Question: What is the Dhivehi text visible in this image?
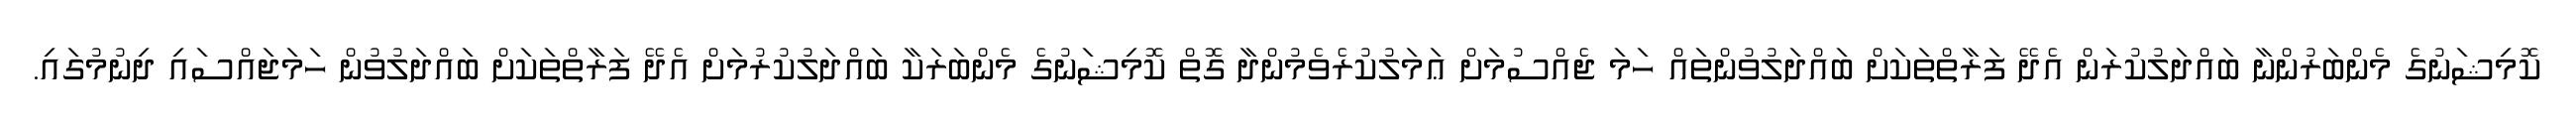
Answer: ކޮމިޝަނުގެ މެންބަރުންނާ ބައްދަލުކުރަން އެދޭ ފަރާތްތަކަށް ބައްދަލުވުންތައް ހަމަ ޖެއްސުމަށް ޢަމަލުކުރެވެމުންދާ ގޮތް ކޮމިޝަނުގެ މެންބަރަކާ ބައްދަލުކުރުމަށް އެދޭ ފަރާތްތަކަށް ބައްދަލުވުން ހަމަޖައްސައި ދިނުމުގައި.